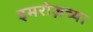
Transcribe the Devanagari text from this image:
इमरोज़च्या